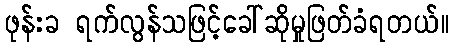
ဖုန်းခ ရက်လွန်သဖြင့်ခေါ်ဆိုမှုဖြတ်ခံရတယ်။